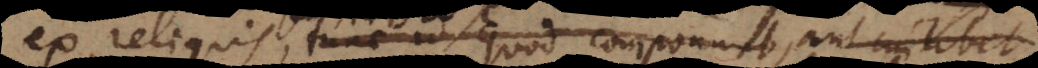
ex reliquis, tunc id quod componunt, aut cuilibet